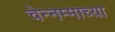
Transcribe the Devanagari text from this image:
चेन्नम्माच्या